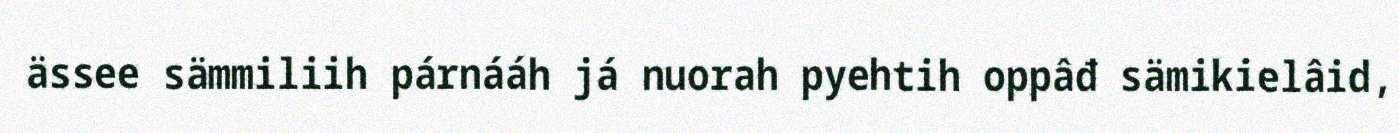
ässee sämmiliih párnááh já nuorah pyehtih oppâđ sämikielâid,